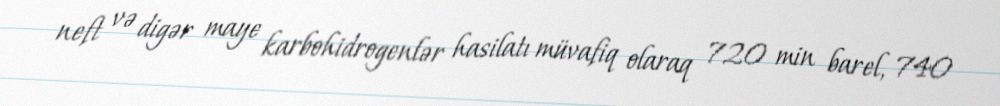
neft və digər maye karbohidrogenlər hasilatı müvafiq olaraq 720 min barel, 740